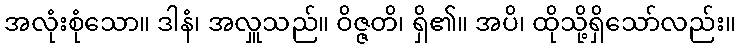
အလုံးစုံသော။ ဒါနံ၊ အလှူသည်။ ဝိဇ္ဇတိ၊ ရှိ၏။ အပိ၊ ထိုသို့ရှိသော်လည်း။